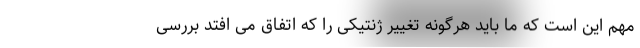
مهم این است که ما باید هرگونه تغییر ژنتیکی را که اتفاق می افتد بررسی